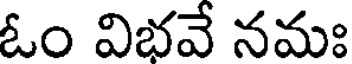
ఓం విభవే నమః